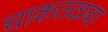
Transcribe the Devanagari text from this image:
चाकतळवा